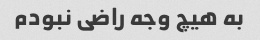
به هیچ وجه راضی نبودم